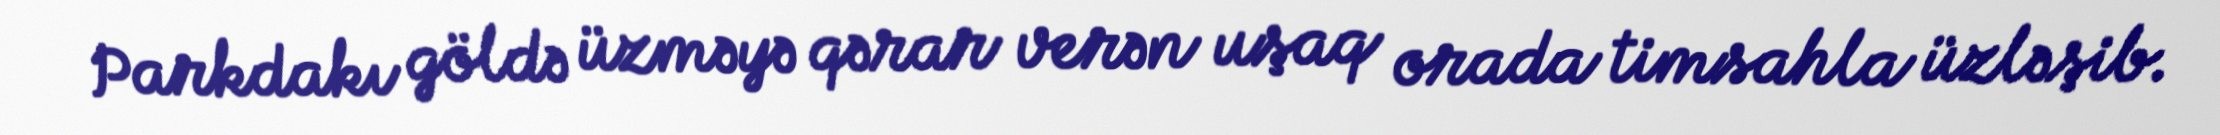
Parkdakı göldə üzməyə qərar verən uşaq orada timsahla üzləşib.